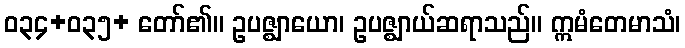
ဝ၃၄+ဝ၃၅+ တော်၏။ ဥပဇ္ဈာယော၊ ဥပဇ္ဈာယ်ဆရာသည်။ ဣမံတေမာသံ၊